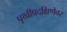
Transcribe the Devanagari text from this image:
पृथ्वीप्रदक्षिणेवर